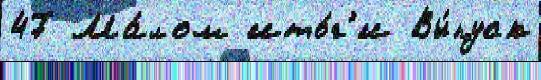
47 Ма́лом ито́г'и Вы́пуск